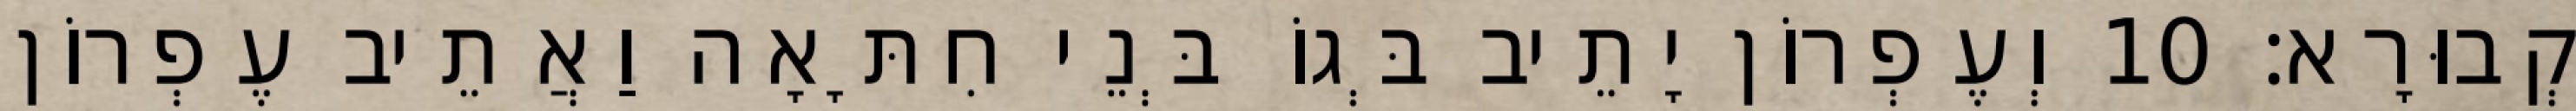
קְבוּרָא׃ 10 וְעֶפְרוֹן יָתֵיב בְּגוֹ בְּנֵי חִתָּאָה וַאֲתֵיב עֶפְרוֹן